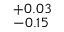
^ { + 0 . 0 3 } _ { - 0 . 1 5 }